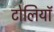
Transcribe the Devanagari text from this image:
टोलियॉ